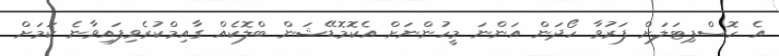
އެ ހޮސްޕިޓަލަށް ފަރުވާ ހޯދަން އަންނަ މީހުންނަށް އެކޮމޮޑޭޝަން ބްލޮކެއް ގާއިމްކުރެވިފައިވާނެ ކަމަށް